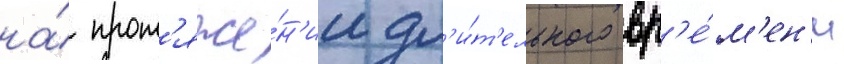
на́ прот'яже́н'ии дл'и́т'ельного вр'е́м'ен'и